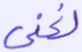
لغني